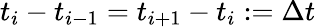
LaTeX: t_{i}-t_{i-1}=t_{i+1}-t_{i}:=\Delta t